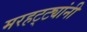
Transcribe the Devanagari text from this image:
मरहट्ट्यांनी